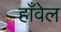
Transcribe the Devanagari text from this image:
हाँवेल